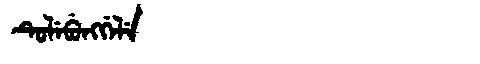
Manchu: ᡨᡠᠯᡝᠪᡠᠩᡤᡝᠯᡝ
Romanization: TULEBUNGGELE